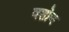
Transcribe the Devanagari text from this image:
वशोण